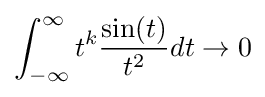
\int _{-\infty }^{\infty }t^{k}{\frac {\sin(t)}{t^{2}}}dt\to 0